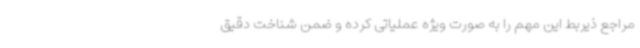
مراجع ذیربط این مهم را به صورت ویژه عملیاتی کرده و ضمن شناخت دقیق